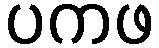
ပကဖ